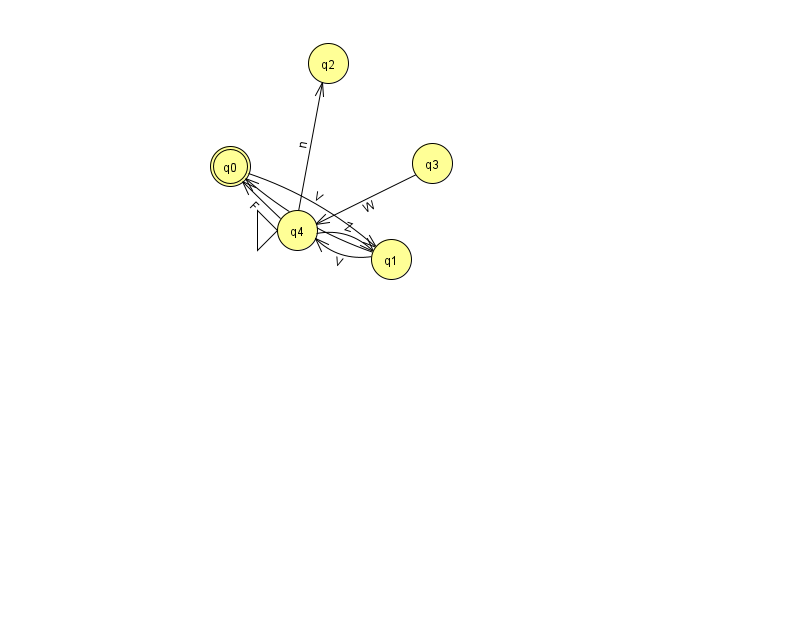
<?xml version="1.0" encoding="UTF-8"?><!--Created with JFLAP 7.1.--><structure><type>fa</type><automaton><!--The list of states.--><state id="0" name="q0"><x>230.0</x><y>153.0</y><final/></state><state id="1" name="q1"><x>391.0</x><y>246.0</y></state><state id="2" name="q2"><x>328.0</x><y>50.0</y></state><state id="3" name="q3"><x>432.0</x><y>150.0</y></state><state id="4" name="q4"><x>297.0</x><y>217.0</y><initial/></state><!--The list of transitions.--><transition><from>4</from><to>0</to><read>F</read></transition><transition><from>1</from><to>4</to><read>V</read></transition><transition><from>0</from><to>1</to><read>V</read></transition><transition><from>3</from><to>4</to><read>W</read></transition><transition><from>1</from><to>0</to><read>x</read></transition><transition><from>4</from><to>2</to><read>n</read></transition><transition><from>4</from><to>1</to><read>Z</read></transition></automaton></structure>